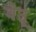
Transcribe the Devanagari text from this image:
घेउू